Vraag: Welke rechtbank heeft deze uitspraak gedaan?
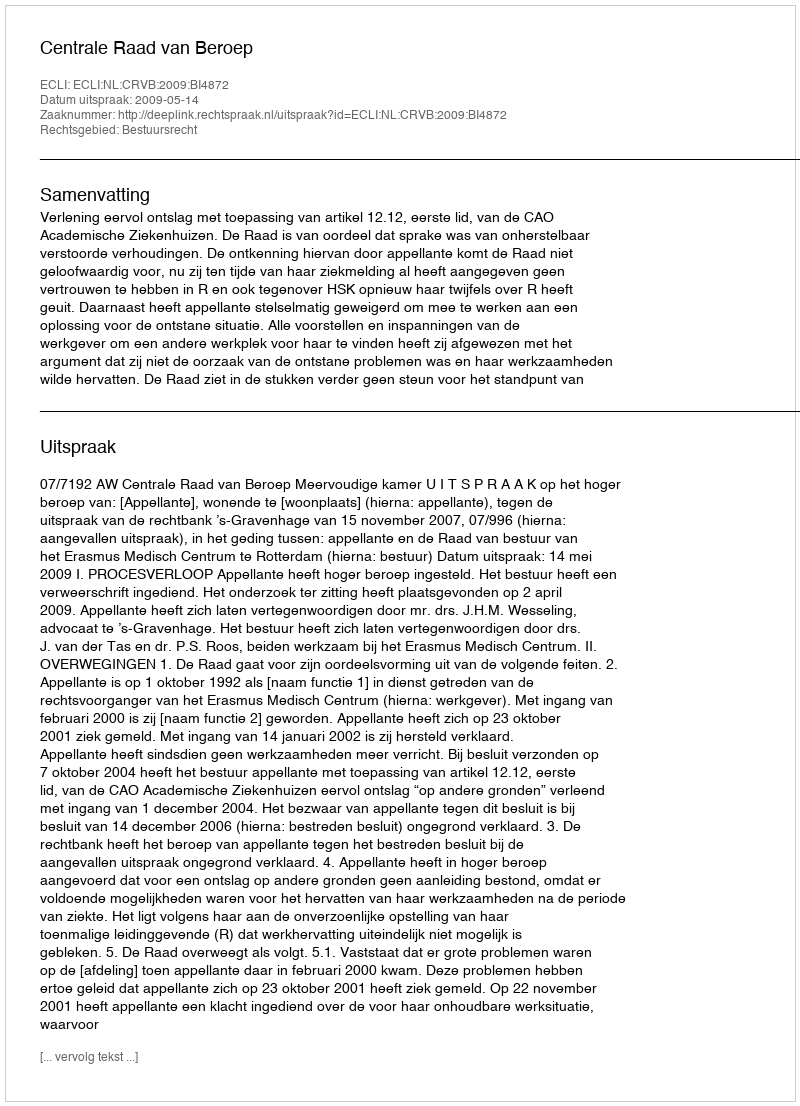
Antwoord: Centrale Raad van Beroep